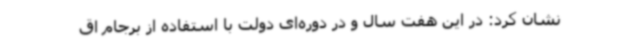
نشان کرد: در این هفت سال و در دوره‌ای دولت با استفاده از برجام اق